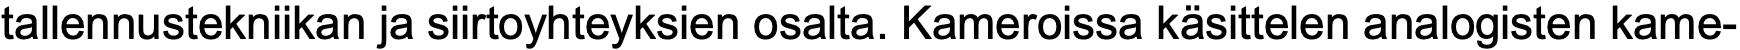
tallennustekniikan ja siirtoyhteyksien osalta. Kameroissa käsittelen analogisten kame-